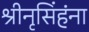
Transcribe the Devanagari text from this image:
श्रीनृसिंहंना